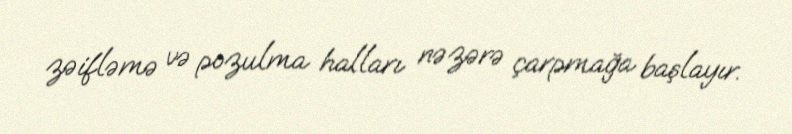
zəifləmə və pozulma halları nəzərə çarpmağa başlayır.